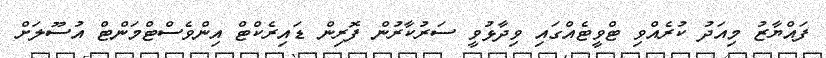
ފައްޔާޒު މިއަދު ކުރެއްވި ޓްވީޓެއްގައި ވިދާޅުވީ ސަރުކާރުން ފޮރިން ޑައިރެކްޓް އިންވެސްޓްމަންޓް އުސޫލަށް